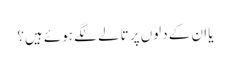
یا ان کے دلوں پر تالے لگے ہوئے ہیں؟